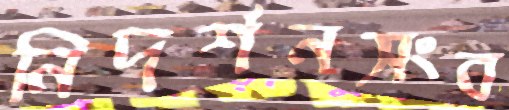
নিদর্শনসংব